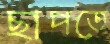
ছাপতে